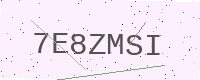
Text: 7E8ZMSI